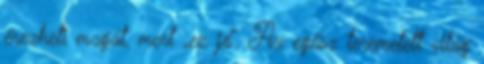
érezheti magát, mert „ez jó”. Az egész teremetett világ